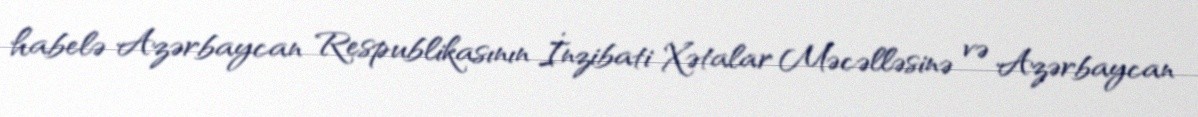
habelə Azərbaycan Respublikasının İnzibati Xətalar Məcəlləsinə və Azərbaycan